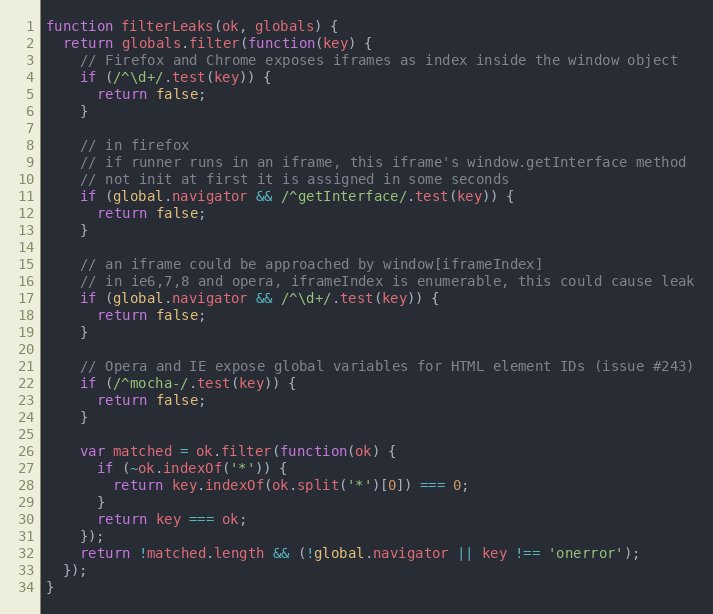
Language: JavaScript
function filterLeaks(ok, globals) {
  return globals.filter(function(key) {
    // Firefox and Chrome exposes iframes as index inside the window object
    if (/^\d+/.test(key)) {
      return false;
    }

    // in firefox
    // if runner runs in an iframe, this iframe's window.getInterface method
    // not init at first it is assigned in some seconds
    if (global.navigator && /^getInterface/.test(key)) {
      return false;
    }

    // an iframe could be approached by window[iframeIndex]
    // in ie6,7,8 and opera, iframeIndex is enumerable, this could cause leak
    if (global.navigator && /^\d+/.test(key)) {
      return false;
    }

    // Opera and IE expose global variables for HTML element IDs (issue #243)
    if (/^mocha-/.test(key)) {
      return false;
    }

    var matched = ok.filter(function(ok) {
      if (~ok.indexOf('*')) {
        return key.indexOf(ok.split('*')[0]) === 0;
      }
      return key === ok;
    });
    return !matched.length && (!global.navigator || key !== 'onerror');
  });
}